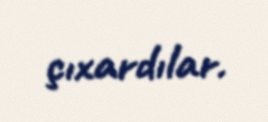
çıxardılar.